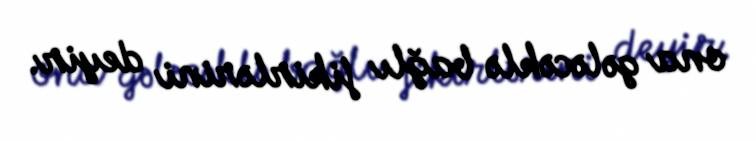
ona gələcəklə bağlı fikirlərini deyir.